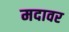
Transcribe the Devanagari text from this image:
मदावर